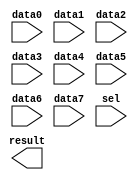
// megafunction wizard: %LPM_MUX%VBB%
// GENERATION: STANDARD
// VERSION: WM1.0
// MODULE: lpm_mux 

// ============================================================
// Megafunction Name(s):
// 			lpm_mux
//
// Simulation Library Files(s):
// 			lpm
// ============================================================
// ************************************************************
// THIS IS A WIZARD-GENERATED FILE. DO NOT EDIT THIS FILE!
//
// 9.1 Build 222 10/21/2009 SJ Full Version
// ************************************************************

//Copyright (C) 1991-2009 Altera Corporation
//Your use of Altera Corporation's design tools, logic functions 
//and other software and tools, and its AMPP partner logic 
//functions, and any output files from any of the foregoing 
//(including device programming or simulation files), and any 
//associated documentation or information are expressly subject 
//to the terms and conditions of the Altera Program License 
//Subscription Agreement, Altera MegaCore Function License 
//Agreement, or other applicable license agreement, including, 
//without limitation, that your use is for the sole purpose of 
//programming logic devices manufactured by Altera and sold by 
//Altera or its authorized distributors.  Please refer to the 
//applicable agreement for further details.

module RomMUX (
	data0,
	data1,
	data2,
	data3,
	data4,
	data5,
	data6,
	data7,
	sel,
	result);

	input	  data0;
	input	  data1;
	input	  data2;
	input	  data3;
	input	  data4;
	input	  data5;
	input	  data6;
	input	  data7;
	input	[2:0]  sel;
	output	  result;

endmodule

// ============================================================
// CNX file retrieval info
// ============================================================
// Retrieval info: PRIVATE: INTENDED_DEVICE_FAMILY STRING "Cyclone III"
// Retrieval info: PRIVATE: SYNTH_WRAPPER_GEN_POSTFIX STRING "0"
// Retrieval info: CONSTANT: LPM_SIZE NUMERIC "8"
// Retrieval info: CONSTANT: LPM_TYPE STRING "LPM_MUX"
// Retrieval info: CONSTANT: LPM_WIDTH NUMERIC "1"
// Retrieval info: CONSTANT: LPM_WIDTHS NUMERIC "3"
// Retrieval info: USED_PORT: data0 0 0 0 0 INPUT NODEFVAL data0
// Retrieval info: USED_PORT: data1 0 0 0 0 INPUT NODEFVAL data1
// Retrieval info: USED_PORT: data2 0 0 0 0 INPUT NODEFVAL data2
// Retrieval info: USED_PORT: data3 0 0 0 0 INPUT NODEFVAL data3
// Retrieval info: USED_PORT: data4 0 0 0 0 INPUT NODEFVAL data4
// Retrieval info: USED_PORT: data5 0 0 0 0 INPUT NODEFVAL data5
// Retrieval info: USED_PORT: data6 0 0 0 0 INPUT NODEFVAL data6
// Retrieval info: USED_PORT: data7 0 0 0 0 INPUT NODEFVAL data7
// Retrieval info: USED_PORT: result 0 0 0 0 OUTPUT NODEFVAL result
// Retrieval info: USED_PORT: sel 0 0 3 0 INPUT NODEFVAL sel[2..0]
// Retrieval info: CONNECT: result 0 0 0 0 @result 0 0 1 0
// Retrieval info: CONNECT: @data 0 0 1 7 data7 0 0 0 0
// Retrieval info: CONNECT: @data 0 0 1 6 data6 0 0 0 0
// Retrieval info: CONNECT: @data 0 0 1 5 data5 0 0 0 0
// Retrieval info: CONNECT: @data 0 0 1 4 data4 0 0 0 0
// Retrieval info: CONNECT: @data 0 0 1 3 data3 0 0 0 0
// Retrieval info: CONNECT: @data 0 0 1 2 data2 0 0 0 0
// Retrieval info: CONNECT: @data 0 0 1 1 data1 0 0 0 0
// Retrieval info: CONNECT: @data 0 0 1 0 data0 0 0 0 0
// Retrieval info: CONNECT: @sel 0 0 3 0 sel 0 0 3 0
// Retrieval info: LIBRARY: lpm lpm.lpm_components.all
// Retrieval info: GEN_FILE: TYPE_NORMAL RomMUX.v TRUE
// Retrieval info: GEN_FILE: TYPE_NORMAL RomMUX.inc TRUE
// Retrieval info: GEN_FILE: TYPE_NORMAL RomMUX.cmp TRUE
// Retrieval info: GEN_FILE: TYPE_NORMAL RomMUX.bsf TRUE
// Retrieval info: GEN_FILE: TYPE_NORMAL RomMUX_inst.v TRUE
// Retrieval info: GEN_FILE: TYPE_NORMAL RomMUX_bb.v TRUE
// Retrieval info: LIB_FILE: lpm